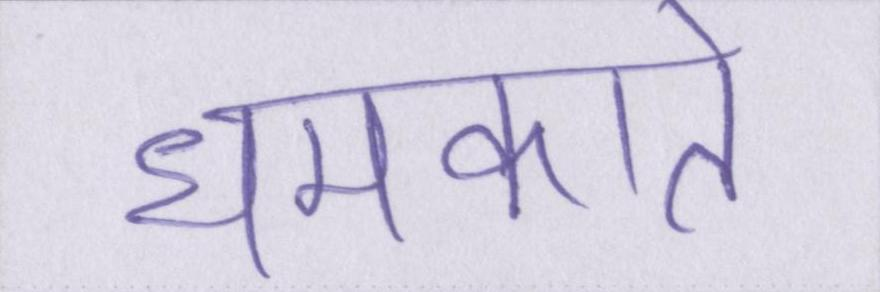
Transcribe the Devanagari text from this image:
धमकाते